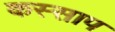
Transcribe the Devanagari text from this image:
कस्साप